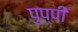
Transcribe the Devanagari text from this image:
पुप्पी